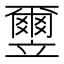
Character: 𫁮